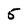
Character: 5